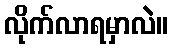
လိုက်လာရမှာလဲ။